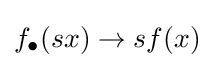
f_{\bullet }(sx)\to sf(x)